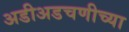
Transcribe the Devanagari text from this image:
अडीअडचणीच्या